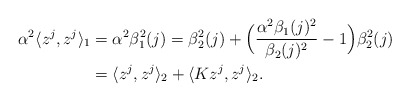
\begin{align*}\alpha^2\langle z^j,z^j\rangle_{1} & = \alpha^2\beta^2_1(j) = \beta_2^2(j) + \Big(\dfrac{\alpha^2\beta_1(j)^2}{\beta_2(j)^2}-1\Big)\beta_2^2(j)\\& = \langle z^j,z^j\rangle_2 + \langle Kz^j,z^j\rangle_2.\end{align*}